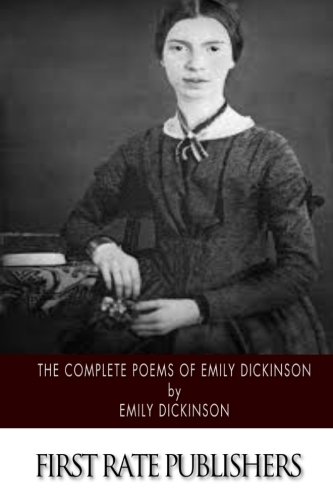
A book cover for The Complete Poems of Emily Dickinson; Emily Dickinson; Literature & Fiction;